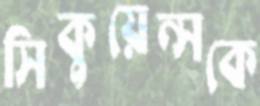
সিকুয়েন্সকে